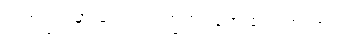
လအကြာမှာ ရောဂါလက္ခဏာတွေ စပြလာတာပါ။